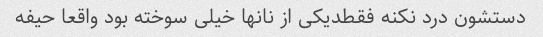
دستشون درد نکنه فقطدیکی از نانها خیلی سوخته بود واقعا حیفه